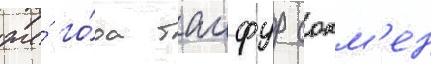
же́ го́да таифур сокм'ен